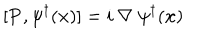
[ { \bf { P } } , \psi ^ { \dagger } ( { \bf { x } } ) ] = i \mathrm { ~ } \nabla \mathrm { ~ } \psi ^ { \dagger } ( { \bf { x } } )